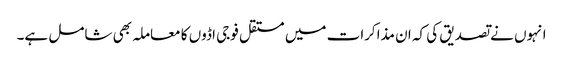
انہوں نے تصدیق کی کہ ان مذاکرات میں مستقل فوجی اڈوں کا معاملہ بھی شامل ہے۔